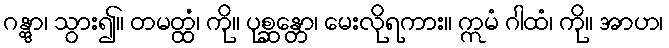
ဂန္တွာ၊ သွား၍။ တမတ္ထံ၊ ကို။ ပုစ္ဆန္တော၊ မေးလိုရကား။ ဣမံ ဂါထံ၊ ကို။ အာဟ၊